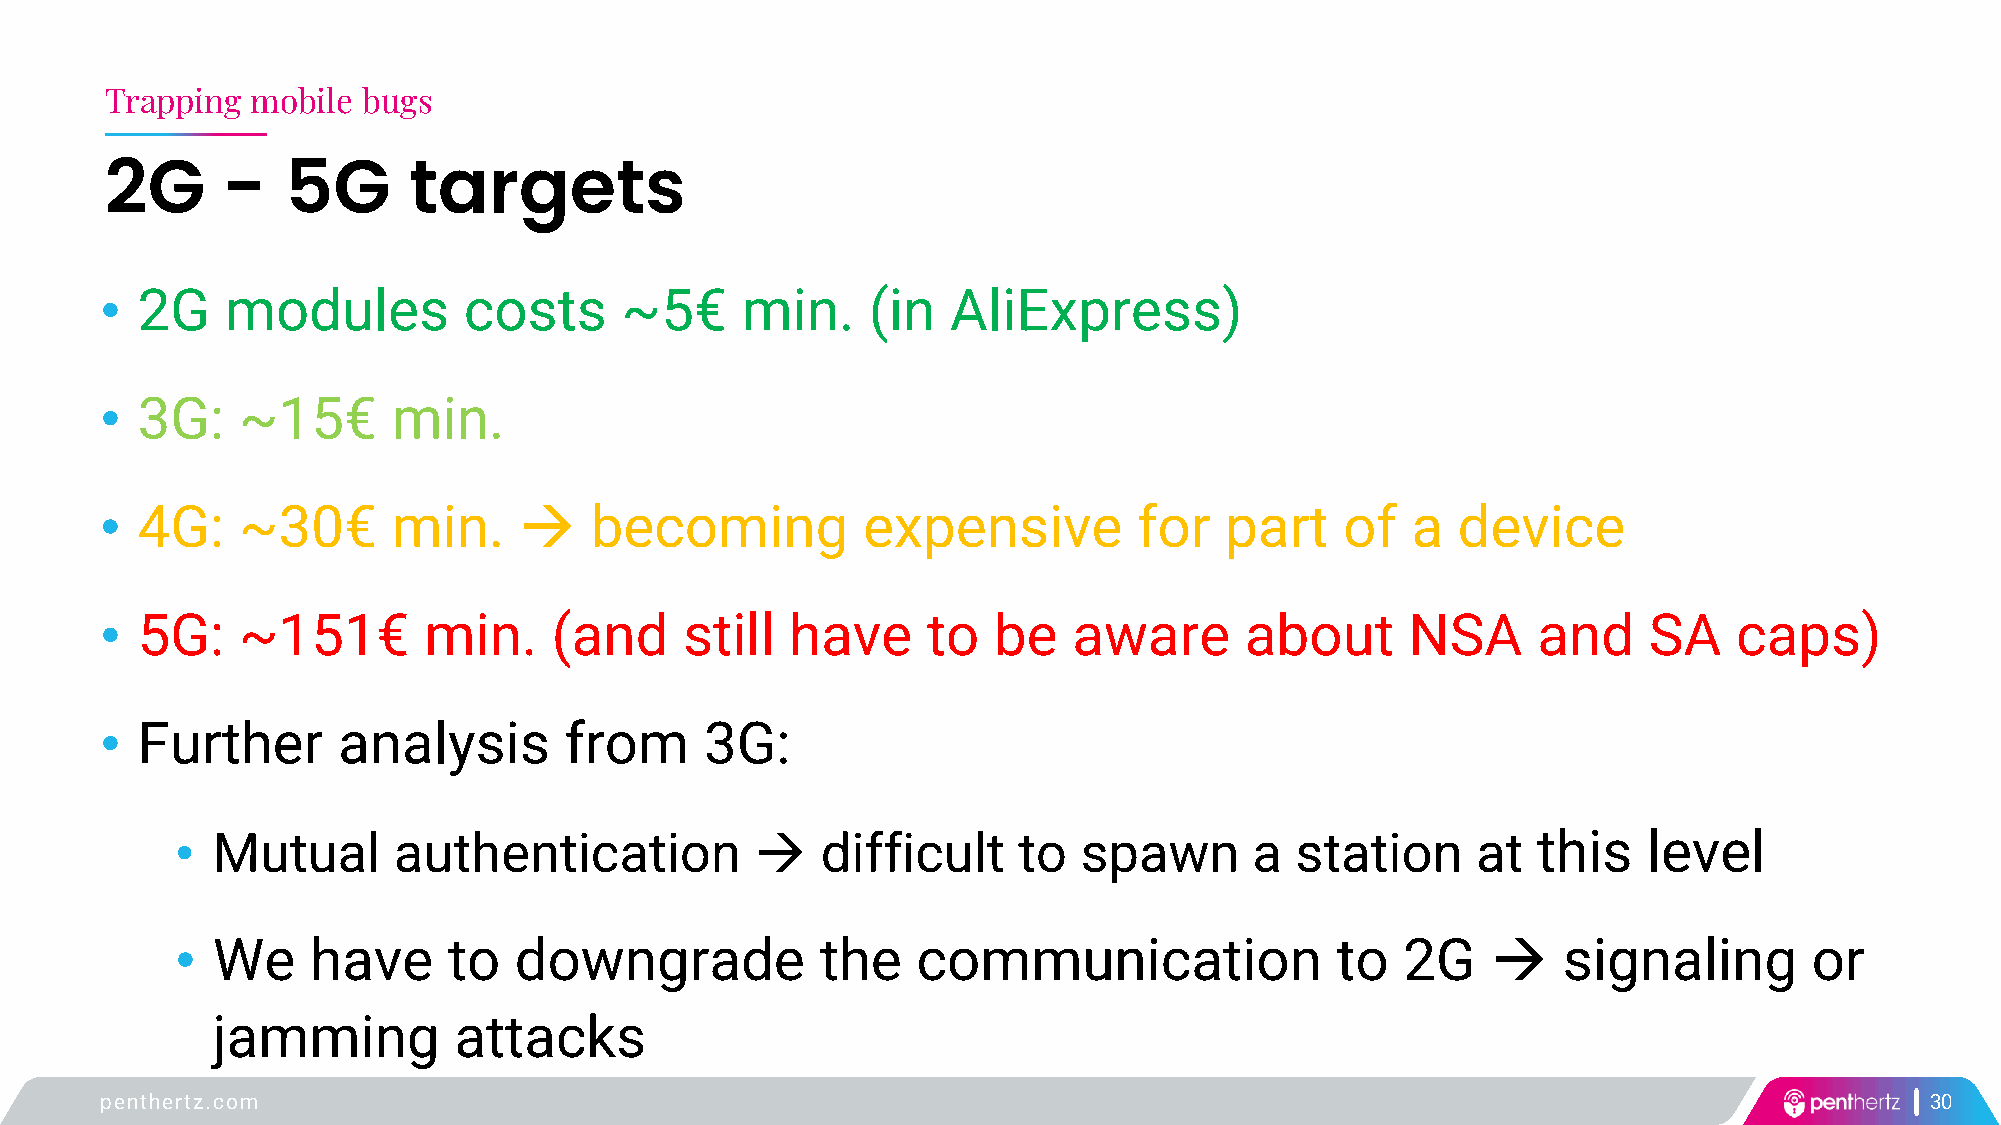
Trapping  mobile bugs
 2G      -   5G      targets
 • 2G    modules         costs     ~5€     min.    (in   AliExpress)
 • 3G:    ~15€      min.
 • 4G:    ~30€      min.    →    becoming          expensive         for   part    of  a  device
 • 5G:    ~151€       min.     (and    still  have     to   be   aware      about      NSA      and    SA    caps)
 • Further      analysis       from      3G:
 • Mutual      authentication          →   difficult    to   spawn      a  station     at  this   level
 • We     have     to  downgrade           the    communication              to   2G    →   signaling        or
 jamming         attacks
 penthertz.com                                                                                                            30